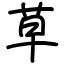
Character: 草